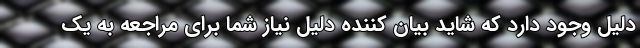
دلیل وجود دارد که شاید بیان کننده دلیل نیاز شما برای مراجعه به یک